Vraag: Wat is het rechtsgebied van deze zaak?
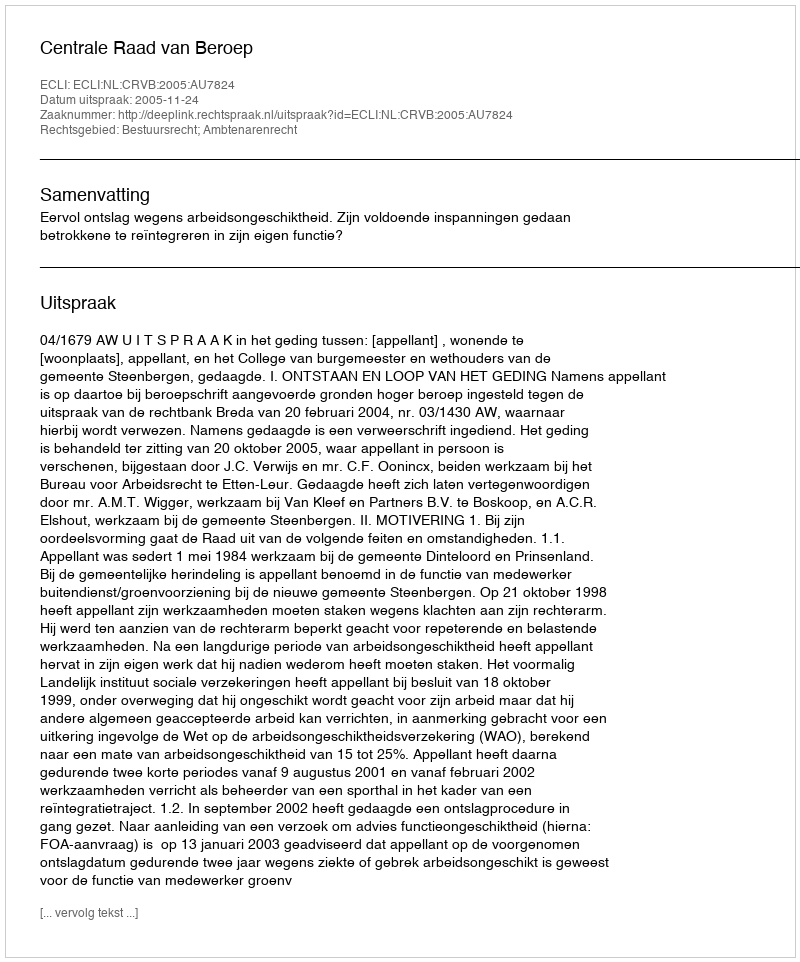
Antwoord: Bestuursrecht; Ambtenarenrecht